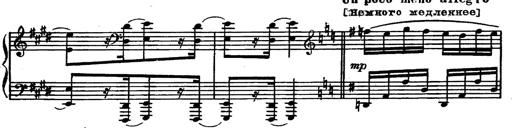
Title: Magyar rapszÃ³diÃ¡k
Composer: Franz Liszt